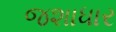
જશાધાર